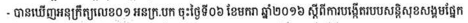
- បានឃើញអនុក្រឹត្យលេខ០១ អនក្រ.បក ចុះថ្ងៃទី០៦ ខែមករា ឆ្នាំ២០១៦ ស្តីពីការបង្កើតរបបសន្តិសុខសង្គមផ្នែក